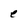
Character: e